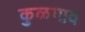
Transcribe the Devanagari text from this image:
कुळगाव